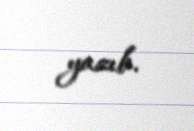
yazıb.